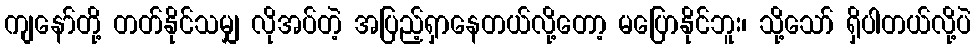
ကျနော်တို့ တတ်နိုင်သမျှ လိုအပ်တဲ့ အပြည့်ရှာနေတယ်လို့တော့ မပြောနိုင်ဘူး၊ သို့သော် ရှိပါတယ်လို့ပဲ